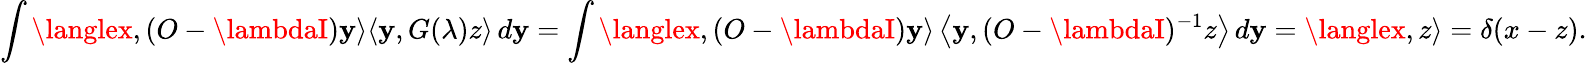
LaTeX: \int\langlex,(O-\lambdaI)\mathbf{y}\rangle\langle\mathbf{y},G(\lambda)z\rangle\, d\mathbf{y}=\int\langlex,(O-\lambdaI)\mathbf{y}\rangle\left\langle\mathbf{y},(O-\lambdaI)^{-1}z\right\rangle\, d\mathbf{y}=\langlex,z\rangle=\delta(x-z).